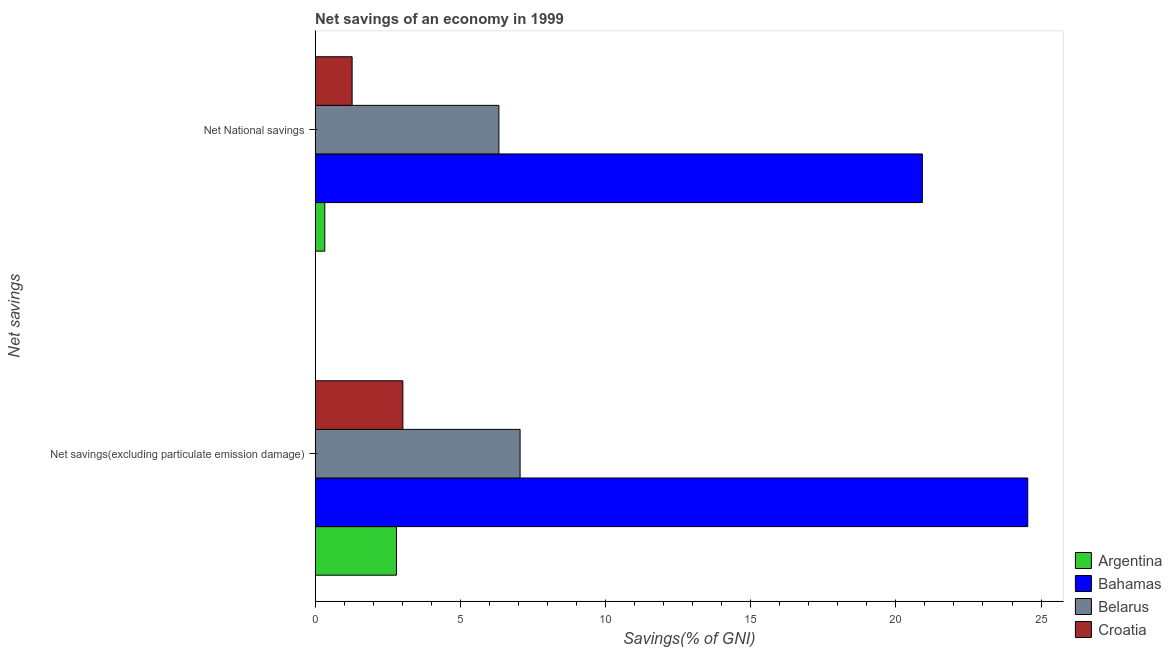
| Net savings | Argentina | Bahamas | Belarus | Croatia |
 | --- | --- | --- | --- | --- |
 | Net savings(excluding particulate emission damage) | 2.8 | 24.5 | 7.06 | 3.02 |
 | Net National savings | 0.333 | 20.9 | 6.33 | 1.28 |